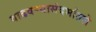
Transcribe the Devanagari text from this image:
वाढवण्यासंदर्भातले